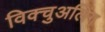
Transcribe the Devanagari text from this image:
विक्चुअलिंग